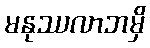
မနုဿလာဘမှိ